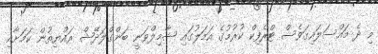
މި ދެ މައްސަލައިގަވެސް ޓްރެފިކް ކުރުމުގެ އަމަލުގައި ޝާމިލްވަނީ ބަންގްލަދޭޝް ރައްޔިތުން ކަމަށާއި